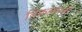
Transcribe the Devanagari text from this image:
निकलंगजी